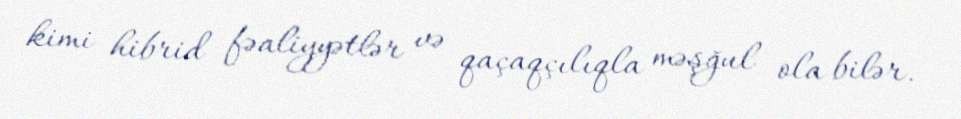
kimi hibrid fəaliyyətlər və qaçaqçılıqla məşğul ola bilər.